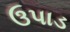
ઉપાડ